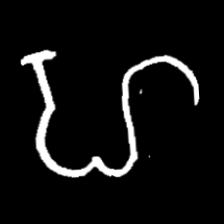
Pyu character \u2014 Myanmar letter: ဟ (romanized: ha)